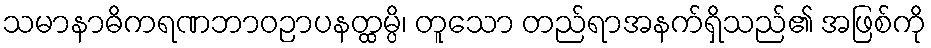
သမာနာဓိကရဏဘာဝဉာပနတ္ထမ္ပိ၊ တူသော တည်ရာအနက်ရှိသည်၏ အဖြစ်ကို